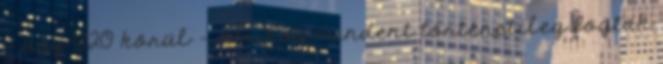
- úgy 1820 körül -, amikor mindent történetileg fogtak